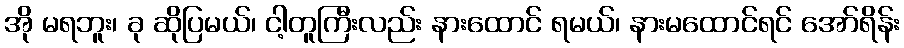
အို မရဘူး၊ ခု ဆိုပြမယ်၊ ငါ့တူကြီးလည်း နားထောင် ရမယ်၊ နားမထောင်ရင် အော်ရိန်း